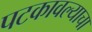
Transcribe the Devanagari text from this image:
पटकावल्याचा